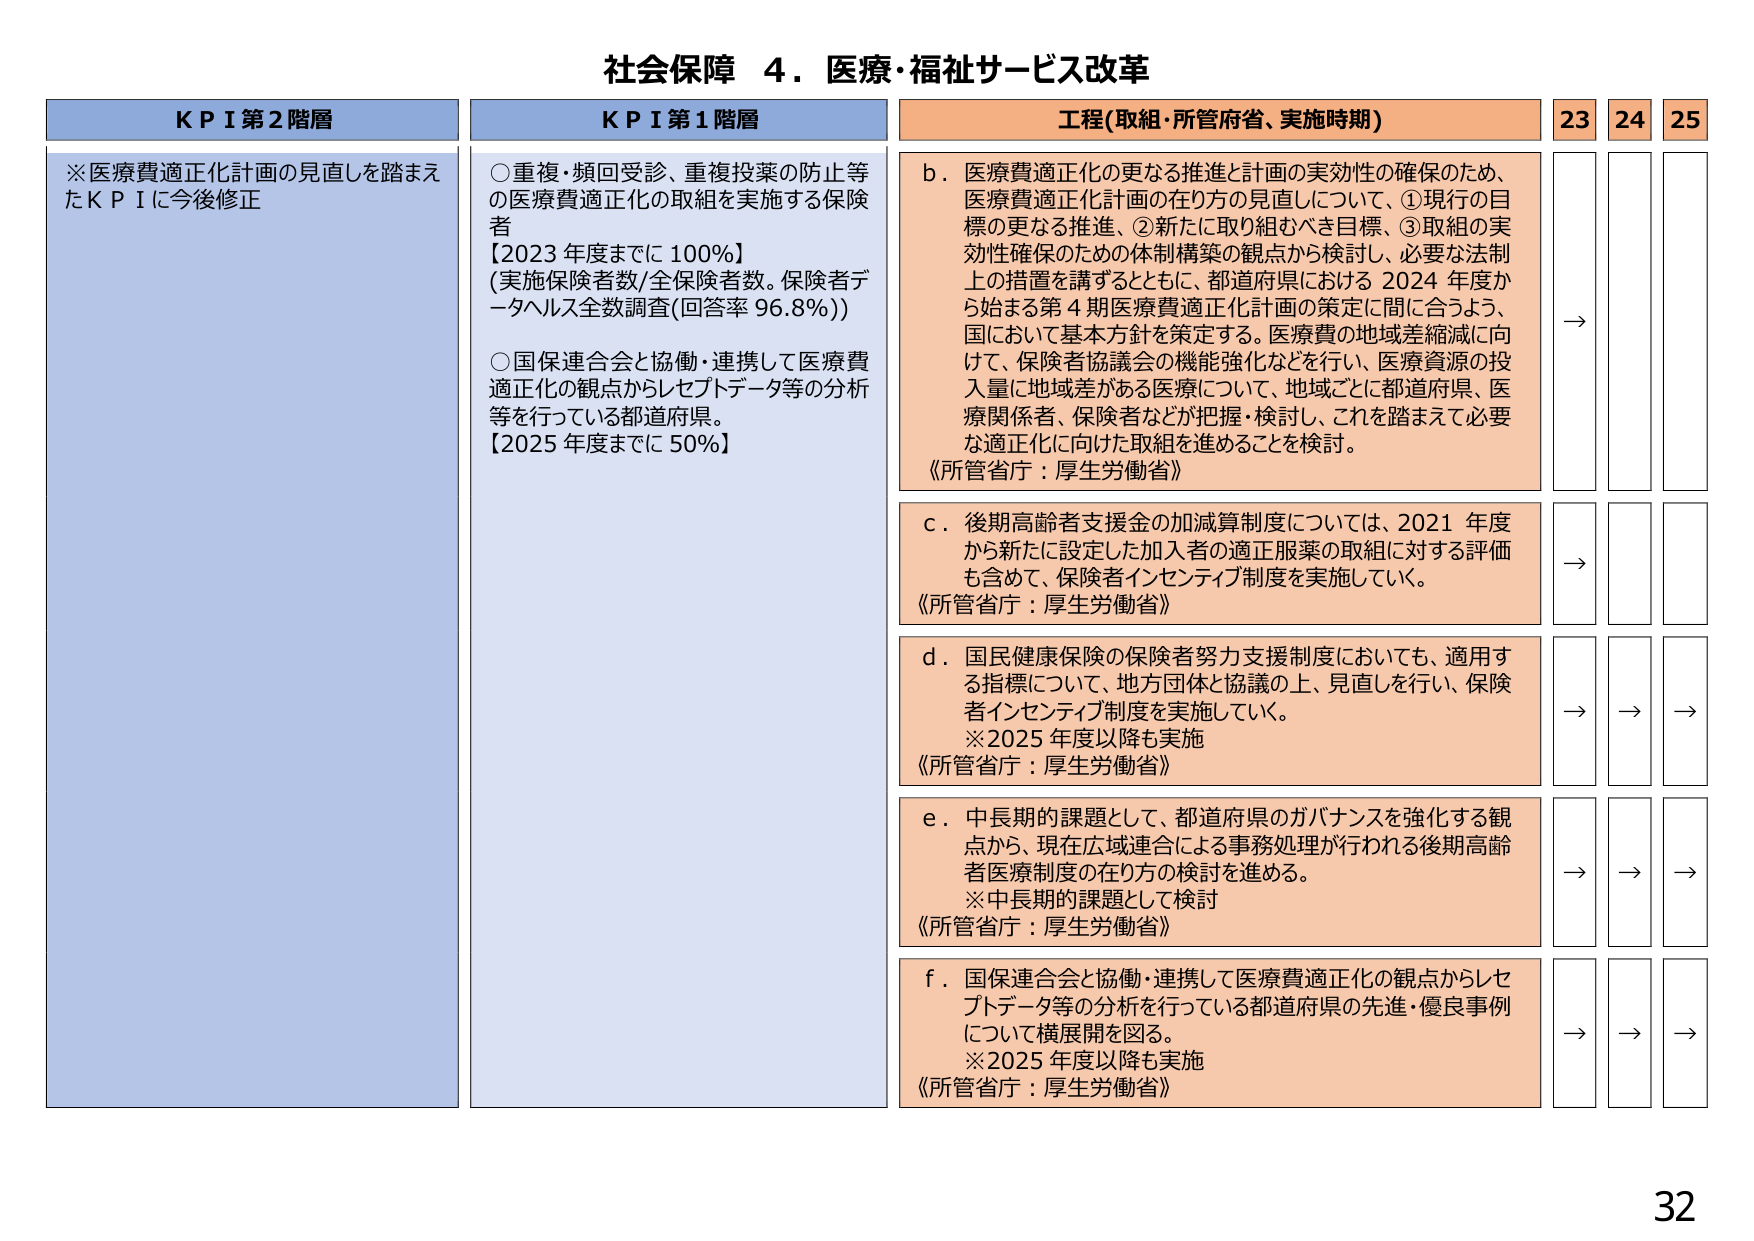
社会保障 ４．医療・福祉サービス改革

KPI第2階層
※医療費適正化計画の見直しを踏まえたKPIに今後修正

KPI第1階層
○重複・頻回受診、重複投薬の防止等の医療費適正化の取組を実施する保険者
【2023年度までに100%】
（実施保険者数/全保険者数。保険者データヘルス全数調査（回答率96.8%））
○国保連合会と協働・連携して医療費適正化の観点からレセプトデータ等の分析等を行っている都道府県。
【2025年度までに50%】

工程（取組・所管府省、実施時期）
b．医療費適正化の更なる推進と計画の実効性の確保のため、医療費適正化計画の在り方の見直しについて、①現行の目標の更なる推進、②新たに取り組むべき目標、③取組の実効性確保のための体制構築の観点から検討し、必要な法制度上の措置を講ずるとともに、都道府県における2024年度から始まる第4期医療費適正化計画の策定に間に合うよう、国において基本方針を策定する。医療費の地域差縮減に向けて、保険者協議会の機能強化などを行い、医療資源の投入量に地域差がある医療について、地域ごとに都道府県、医療関係者、保険者などが把握・検討し、これを踏まえて必要な適正化に向けた取組を進めることを検討。
《所管省庁：厚生労働省》

c．後期高齢者支援金の加減算制度については、2021年度から新たに設定した加入者の適正服薬の取組に対する評価も含めて、保険者インセンティブ制度を実施していく。
《所管省庁：厚生労働省》

d．国民健康保険の保険者努力支援制度においても、適用する指標について、地方団体と協議の上、見直しを行い、保険者インセンティブ制度を実施していく。
※2025年度以降も実施
《所管省庁：厚生労働省》

e．中長期的課題として、都道府県のガバナンスを強化する観点から、現在広域連合による事務処理が行われる後期高齢者医療制度の在り方の検討を進める。
※中長期的課題として検討
《所管省庁：厚生労働省》

f．国保連合会と協働・連携して医療費適正化の観点からレセプトデータ等の分析を行っている都道府県の先進・優良事例について横展開を図る。
※2025年度以降も実施
《所管省庁：厚生労働省》

23 24 25
→
→
→ → →
→ → →
→ → →
→ → →

32